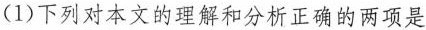
(1)下列对本文的理解和分析正确的两项是